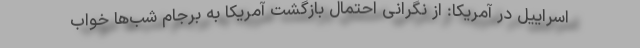
اسراییل در آمریکا: از نگرانی احتمال بازگشت آمریکا به برجام شب‌ها خواب